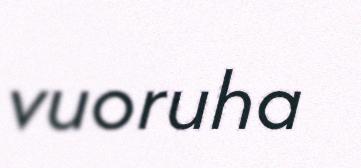
vuoruha